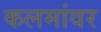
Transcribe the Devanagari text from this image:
कलमांवर